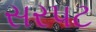
સરપટ